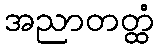
အညာတတ္ထံ